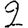
Digit: 2